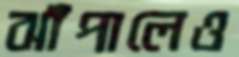
ঝাঁপালেও